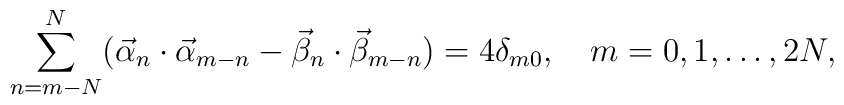
\sum_{n=m-N}^N (\vec \alpha_n \cdot \vec \alpha_{m-n}  -\vec \beta_n \cdot \vec \beta_{m-n})=4\delta_{m0},   \quad m=0,1,\dots,2N,